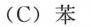
(C)苯